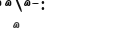
٨